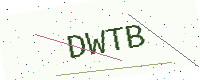
Text: DWTB